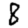
Digit: 8